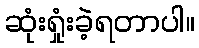
ဆုံးရှုံးခဲ့ရတာပါ။